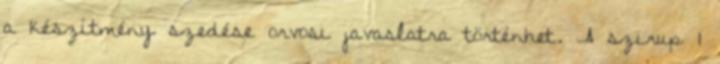
a készítmény szedése orvosi javaslatra történhet. A szirup 1